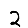
Digit: 2